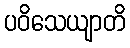
ပဝိသေယျာတိ